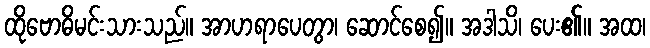
ထိုဗောဓိမင်းသားသည်။ အာဟရာပေတွာ၊ ဆောင်စေ၍။ အဒါသိ၊ ပေး၏။ အထ၊